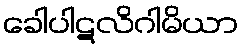
ခေါပါဋလိဂါမိယာ